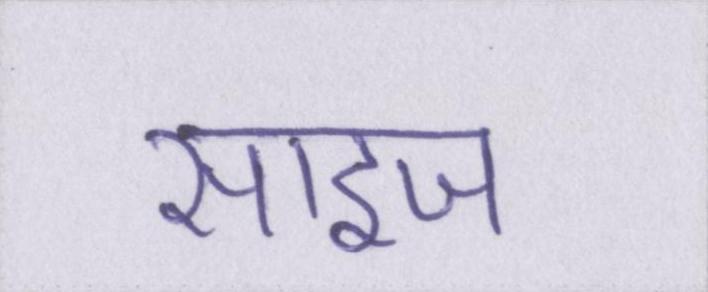
साइज